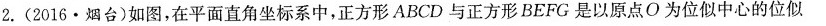
2.(2016·烟台)如图，在平面直角坐标系中，正方形ABCD与正方形BEFG是以原点O为位似中心的位似